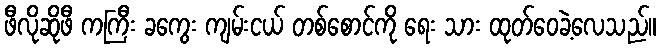
ဖီလိုဆိုဖီ ကကြီး ခကွေး ကျမ်းငယ် တစ်စောင်ကို ရေး သား ထုတ်ဝေခဲ့လေသည်။